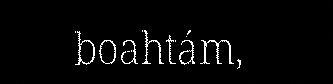
boahtám,